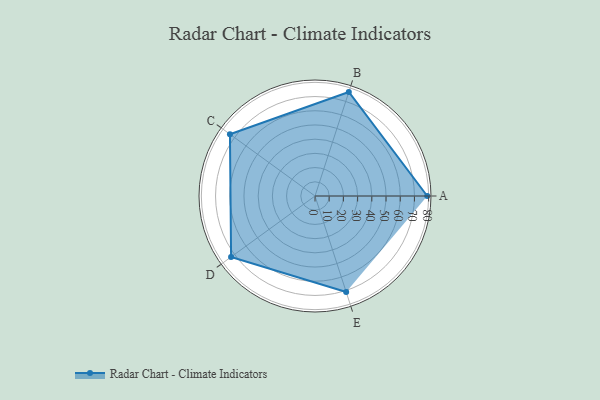
{"axis": {"x": "Skill", "y": "Score"}, "legend": ["Profile"], "data": [{"x": "A", "y": 79.0, "type": "Profile"}, {"x": "B", "y": 77.0, "type": "Profile"}, {"x": "C", "y": 74.0, "type": "Profile"}, {"x": "D", "y": 73.0, "type": "Profile"}, {"x": "E", "y": 71.0, "type": "Profile"}]}